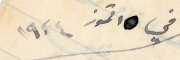
في ١٥ تموز ١٩٢٤